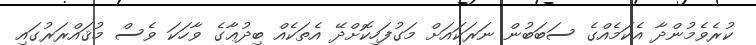
ކުރެވެމުންދާ އެކަމެއްގެ ސަބަބުން ނަރަކައަށް މަގުފަހިކޮށްދޭ އެތަކެއް ބިދުޢާގެ ވާހަކަ ވެސް މުޤައްރަރުގައި